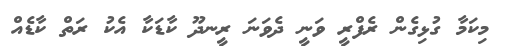
މިކަމާ ގުޅިގެން ރެފްރީ ވަނީ ދެވަނަ ރީނދޫ ކާޑަކާ އެކު ރަތް ކާޑެއް